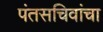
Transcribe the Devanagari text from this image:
पंतसचिवांचा